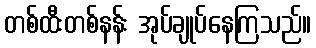
တစ်ထီးတစ်နန်း အုပ်ချုပ်နေကြသည်။